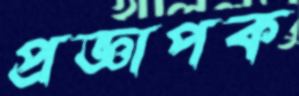
প্রজ্ঞাপক